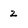
Character: 2